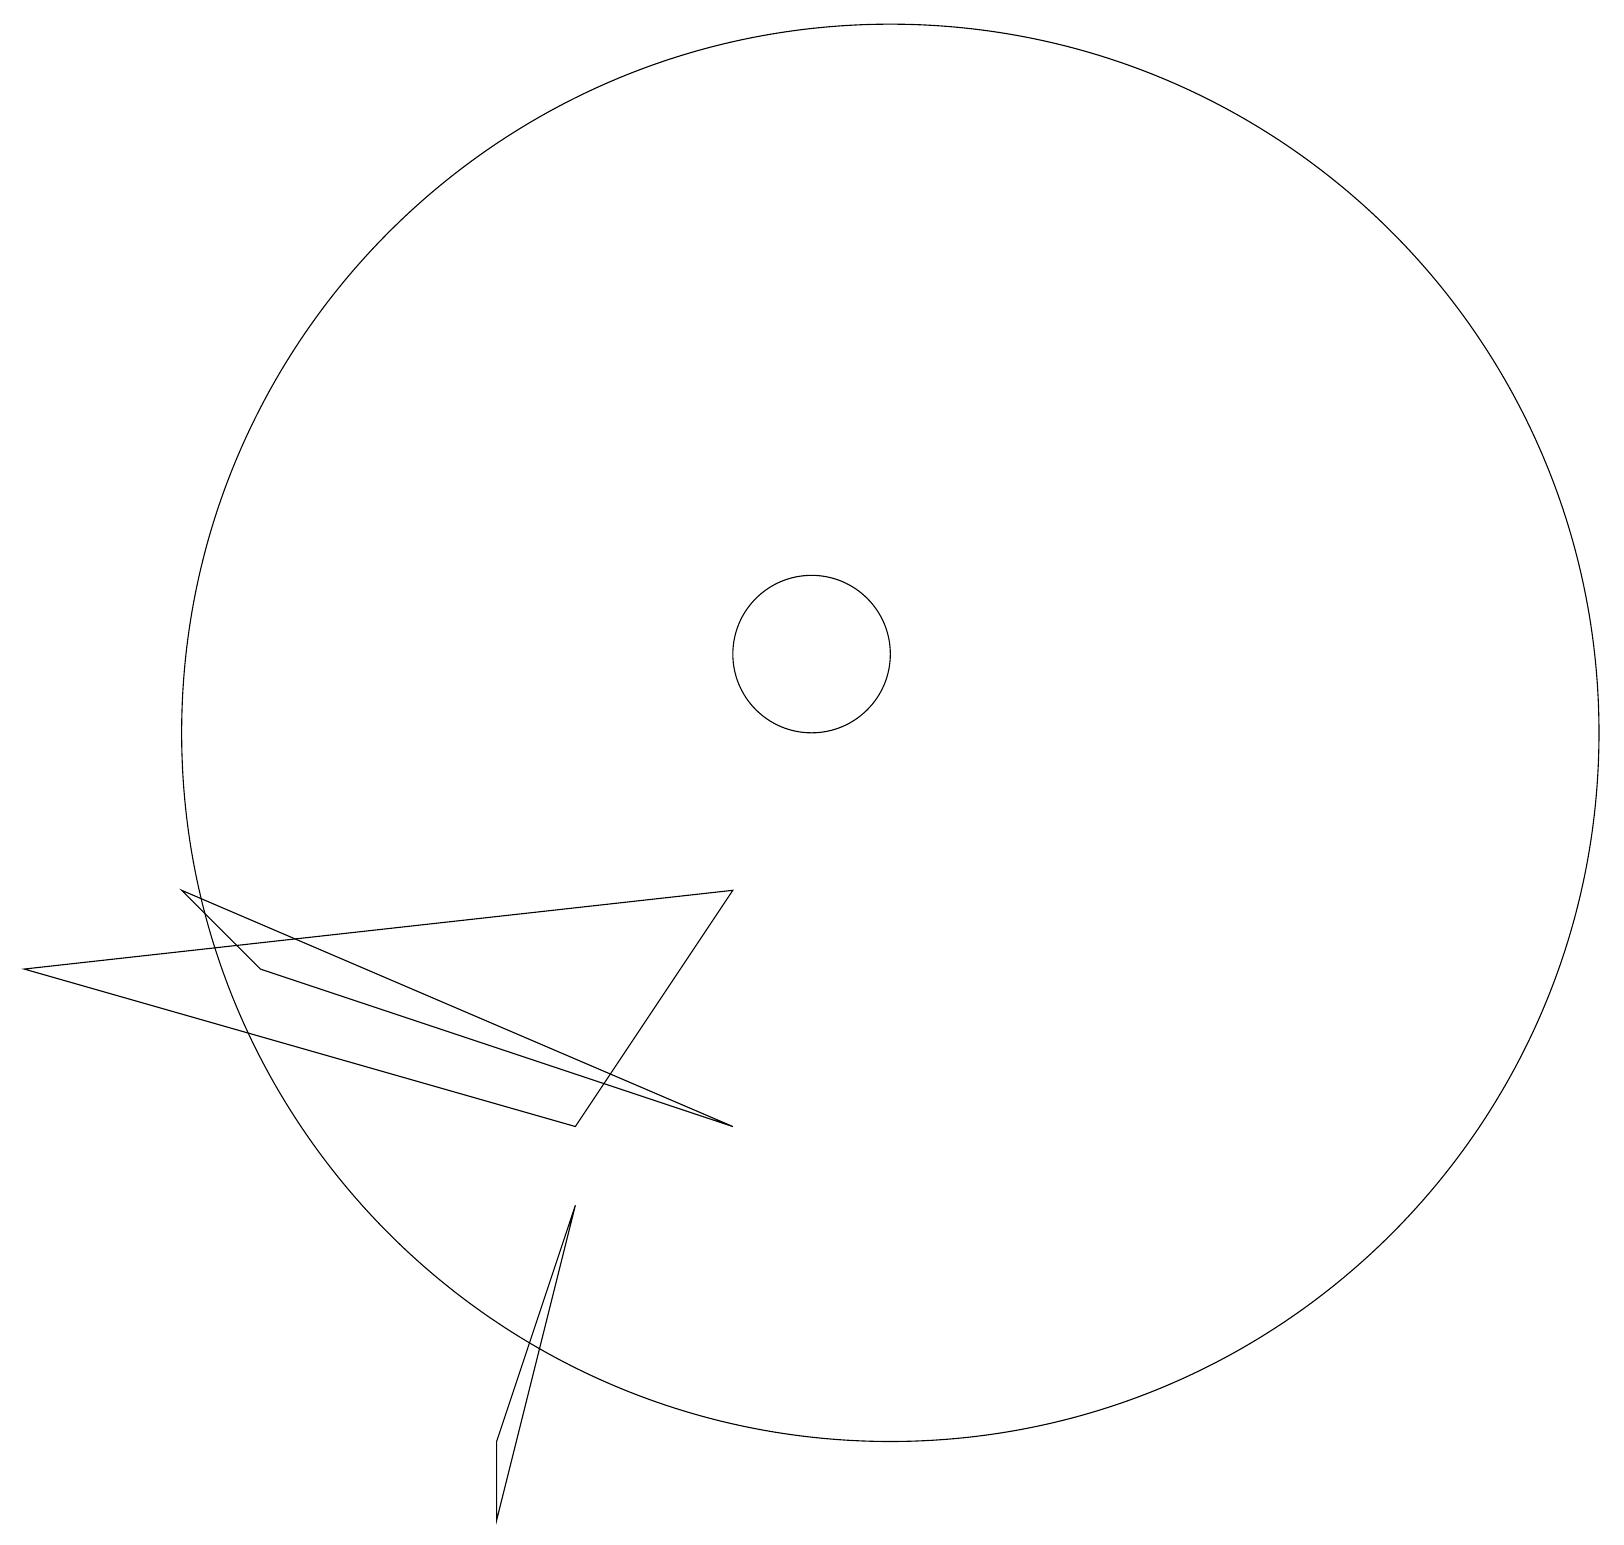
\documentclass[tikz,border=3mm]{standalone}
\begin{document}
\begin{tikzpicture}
\draw (10,11) circle (1);
\draw (7,5) -- (9,8) -- (0,7) -- cycle;
\draw (7,4) -- (6,1) -- (6,0) -- cycle;
\draw (11,10) circle (9);
\draw (3,7) -- (9,5) -- (2,8) -- cycle;
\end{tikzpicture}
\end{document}